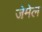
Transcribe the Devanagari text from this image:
जेमेल